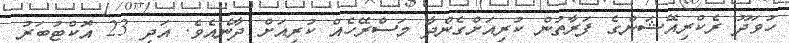
ހުވަދޫ ރެކްރިއޭޝަންގެ ފަރާތުން ކުރިއަށްގެންދާ މަސްރޭހެއް ކުރިއަށް ދާނެއެވެ. އަދި 23 އޮކްޓުބަރު